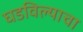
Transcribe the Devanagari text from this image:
घडविल्याचा